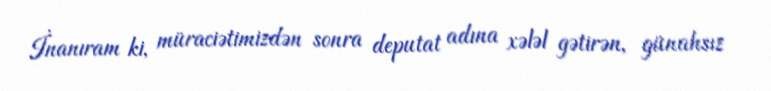
İnanıram ki, müraciətimizdən sonra deputat adına xələl gətirən, günahsız